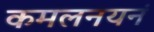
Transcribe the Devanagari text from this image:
कमलनयनं